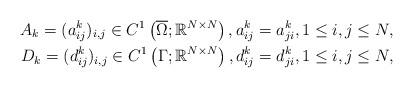
LaTeX: \begin{align*}A_k=(a^k_{ij})_{i,j} \in C^1\left(\overline{\Omega}; \mathbb{R}^{N\times N}\right), a^k_{ij}=a^k_{ji}, 1\leq i,j\leq N, \\D_k=(d^k_{ij})_{i,j} \in C^1\left(\Gamma; \mathbb{R}^{N\times N}\right), d^k_{ij}=d^k_{ji}, 1\leq i,j\leq N, \end{align*}